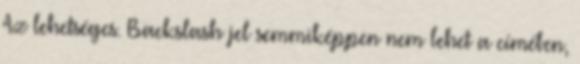
Az lehetséges. Backslash jel semmiképpen nem lehet a címében,